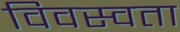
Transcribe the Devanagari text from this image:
विवस्वता